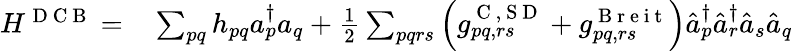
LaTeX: \begin{array}{rl}{H^{\mathrm{~D~C~B~}}=}&{{}\sum_{pq}h_{pq}a_{p}^{\dagger}a_{q}+\frac{1}{2}\sum_{pqrs}\left(g_{pq,rs}^{\mathrm{~C~,~S~D~}}+g_{pq,rs}^{\mathrm{~B~r~e~i~t~}}\right)\hat{a}_{p}^{\dagger}\hat{a}_{r}^{\dagger}\hat{a}_{s}\hat{a}_{q}}\end{array}